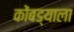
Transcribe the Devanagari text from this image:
कोंबड्याला